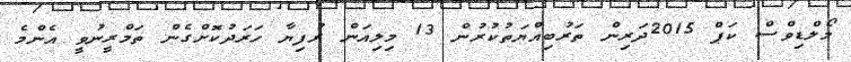
މޯލްޑިވްސް ކަޕް 2015ދަރިން ތަރުބިއްޔަތުކުރުން 13 މިލިއަން ރުފިޔާ ހަރަދުކޮށްގެން ތަމްރީނުވީ އެންމެ